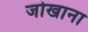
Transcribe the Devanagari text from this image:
जोखाना